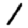
Digit: 1